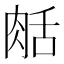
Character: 𦧘